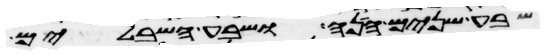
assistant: שבע שנים הנה ושבע השבלים